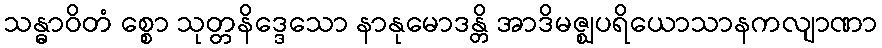
သန္ဓာဝိတံ စ္စော သုတ္တနိဒ္ဒေသော နာနုမောဒန္တိ အာဒိမဇ္ဈပရိယောသာနကလျာဏာ